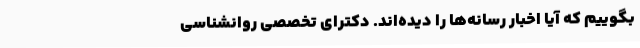
بگوییم که آیا اخبار رسانه‌ها را دیده‌اند. دکترای تخصصی روانشناسی